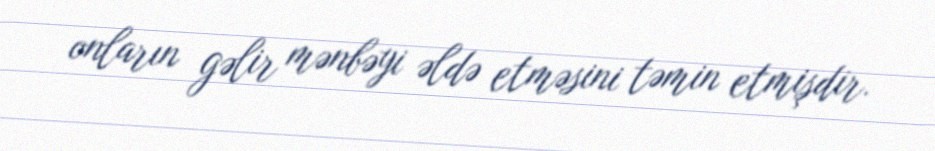
onların gəlir mənbəyi əldə etməsini təmin etmişdir.